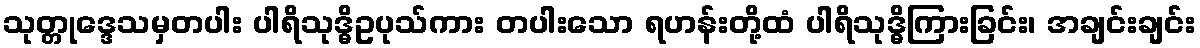
သုတ္တုဒ္ဒေသမှတပါး ပါရိသုဒ္ဓိဥပုသ်ကား တပါးသော ရဟန်းတို့ထံ ပါရိသုဒ္ဓိကြားခြင်း၊ အချင်းချင်း